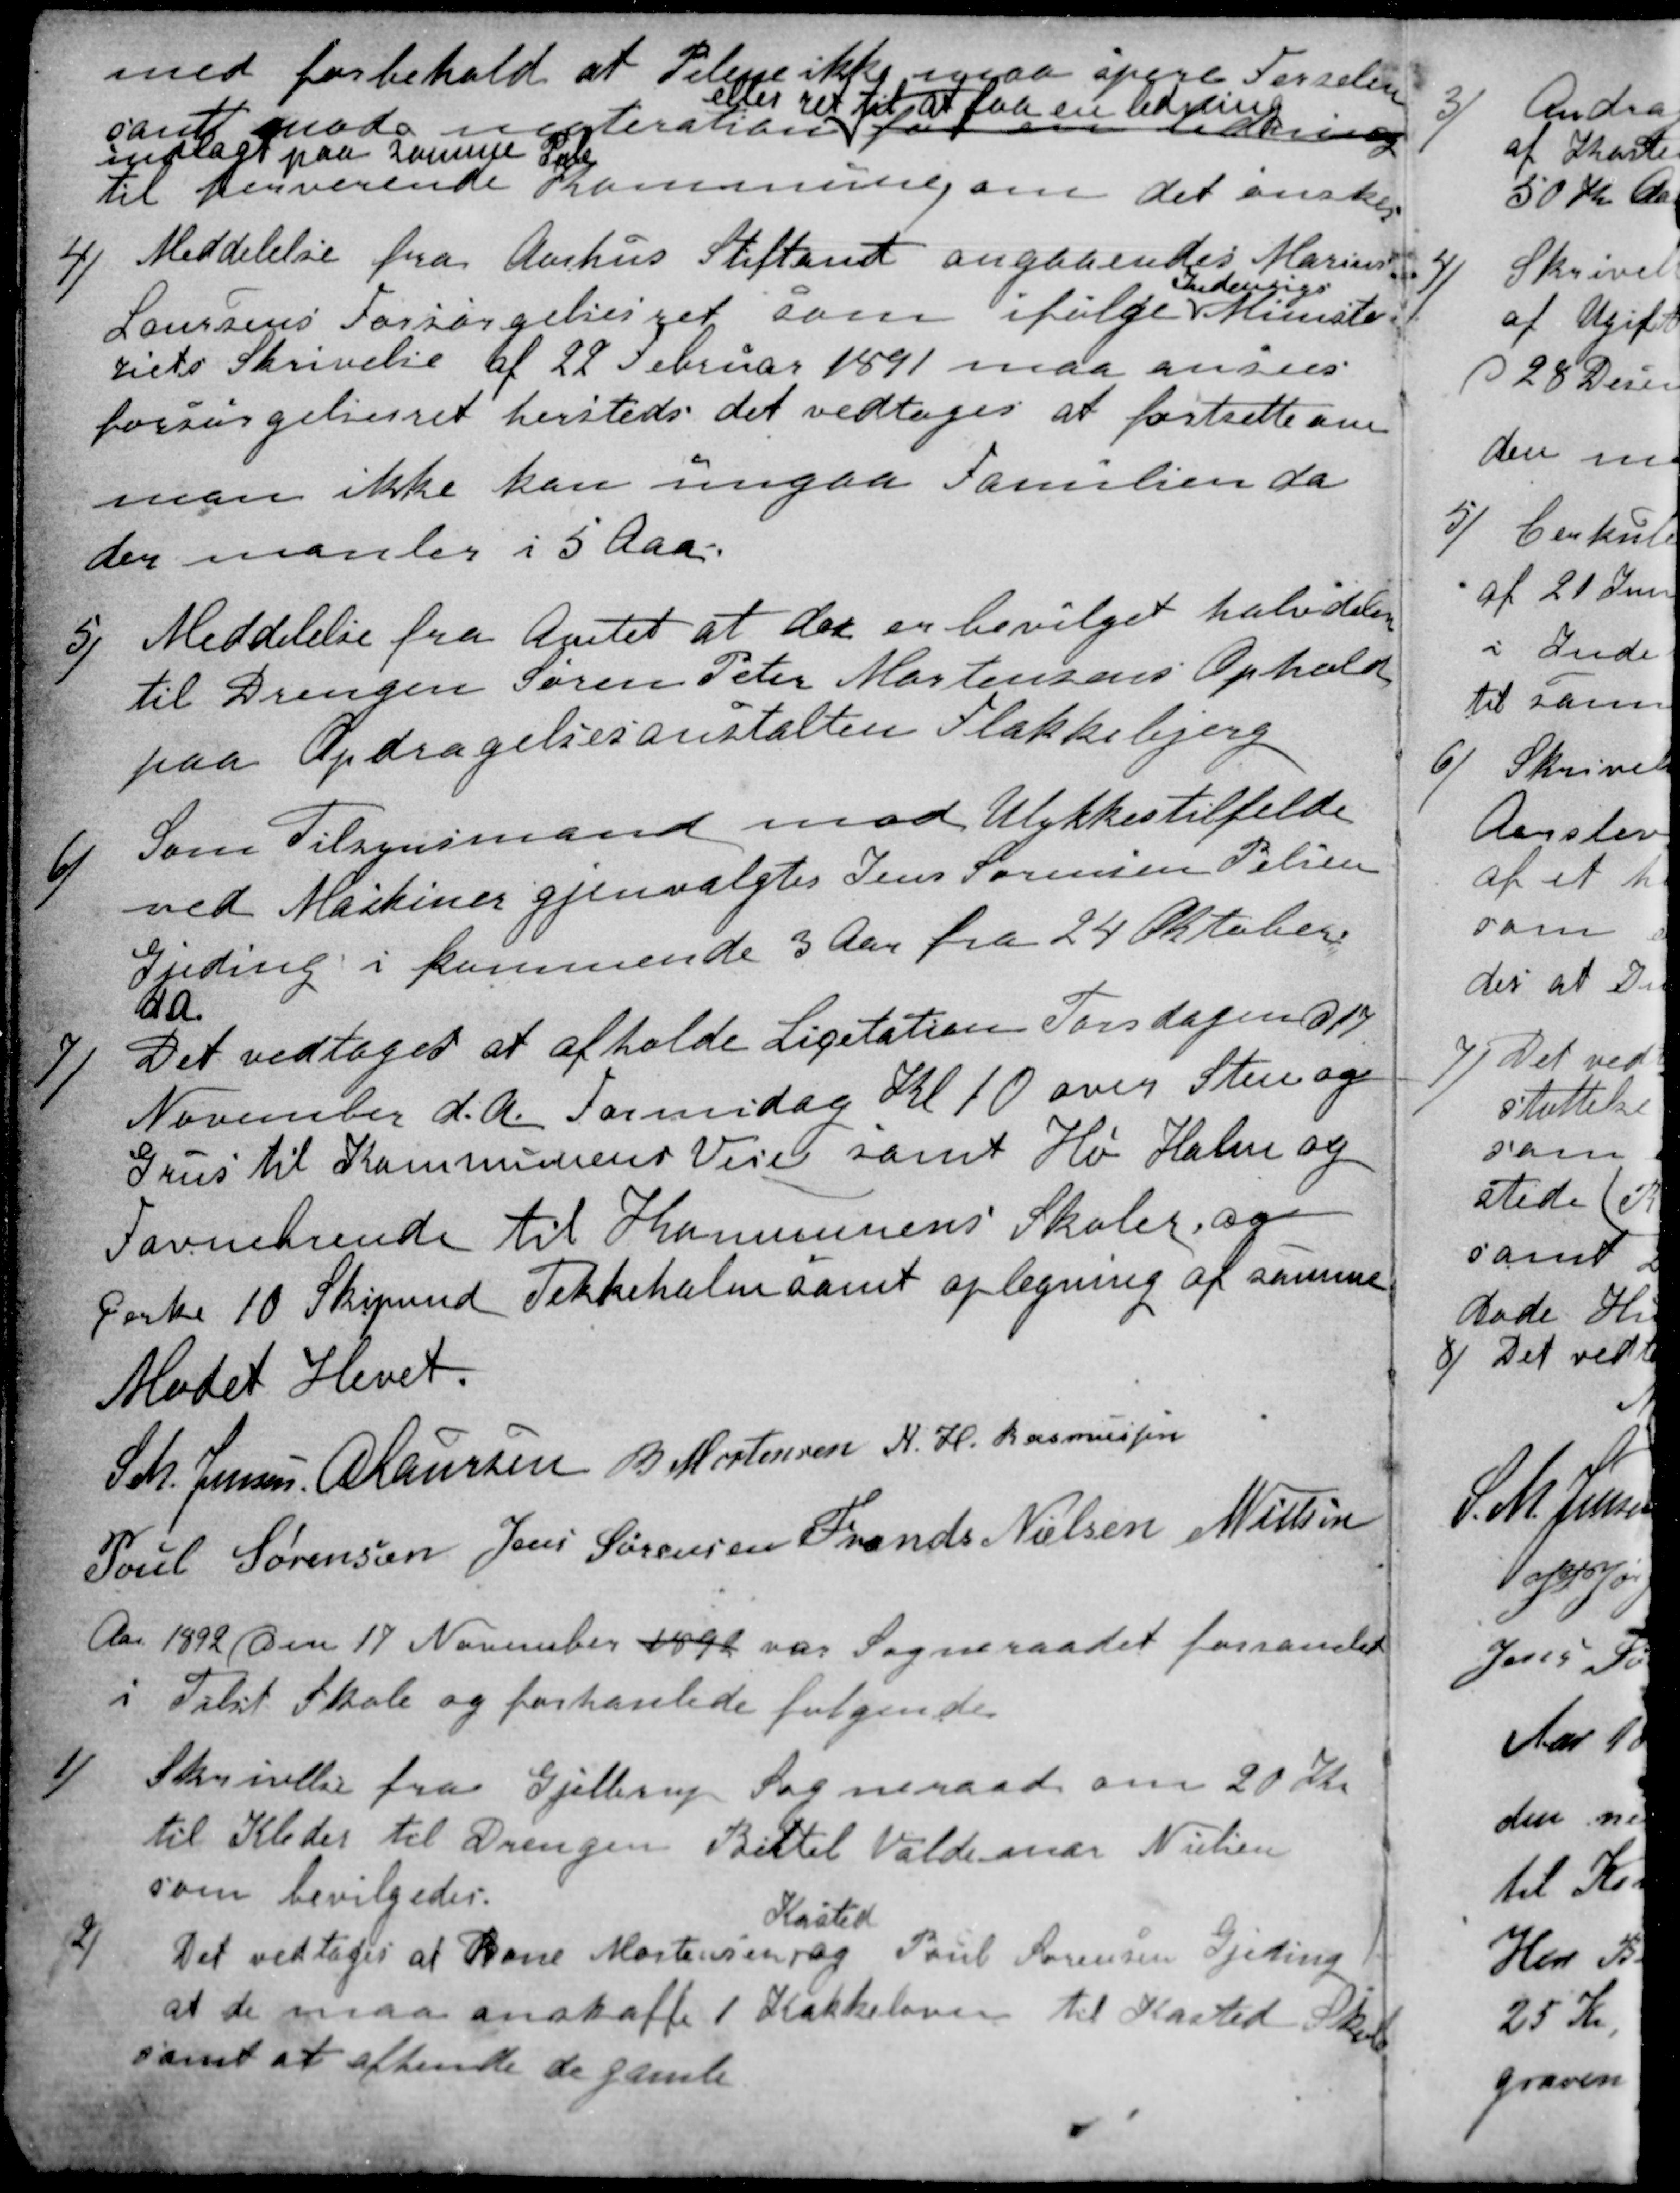
Transskription:
med forbehold at Pelene ikke ogsaa spere Ferselen
samt mod meteration
eller ret til at faa en ledning
faa en ledning
indlagt paa samme Pele
til herverende Kommune om det ønskes.
4)
Meddelelse fra Aarhus Stiftamt angaaendes Marius
Laursens Forsørgelsesret som ifølge
Indenrigs
Ministe
riets Skrivelse af 22 Februar 1891 maa ansees
forsørgelsesret hersteds det vedtoges at fortsette om
man ikke kan ungaa Familien da
der manler i 5 Aar.
5)
Meddelelse fra Amtet at der er bevilget halvdelen
til Drengen Søren Peter Mortensens Ophold
paa Opdragelsesanstalten Flakkebjerg
6)
Som Tilsynsmand mod Ulykkestilfelde
ved Maskiner gjenvalgtes Jens Sørensen Pelsen
Gjeding i kommende 3 Aar fra 24 Oktober.
d.A.
7)
Det vedtoges at afholde Licitation Torsdagen d 17
November d. A. Formidag Kl 10 over Sten og
Grus til Kommunens Veie samt Hø Halm og
Favnebrende til Kommunens Skoler og
Cerke 10 Skipund Tekkehalm samt oplegning af samme
Mødet Hevet.
S.M. Jensen
A Laursen
B. Mortensen
N. H. Rasmussen
Poul Sørensen
Jens Sørensen
Frands Nielsen
N Nielsen
Aar 1892 den 17 November 1892 var Sogneraadet forsamlet
i Tilst Skole og forhanlede følgendes
1)
Skrivellse fra Gjellerup Sogneraad om 20 Kr
til Kleder til Drengen Bertel Valdemar Nielsen
som bevilgedes.
2)
Det vedtoges at Rone Mortensen 
Kasted
og Poul Sørensen Gjeding
at de maa anskaffe 1 Kakkeloven til Kasted Skole
samt at afhende de gamle